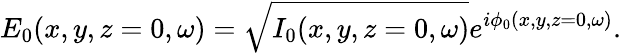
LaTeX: E_{0}(x,y,z=0,\omega)=\sqrt{I_{0}(x,y,z=0,\omega)}e^{i\phi_{0}(x,y,z=0,\omega)}.